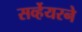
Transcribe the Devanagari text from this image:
सर्व्हेयरने